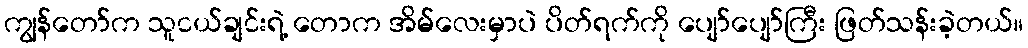
ကျွန်တော်က သူငယ်ချင်းရဲ့ တောက အိမ်လေးမှာပဲ ပိတ်ရက်ကို ပျော်ပျော်ကြီး ဖြတ်သန်းခဲ့တယ်။